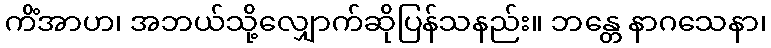
ကိံအာဟ၊ အဘယ်သို့လျှောက်ဆိုပြန်သနည်း။ ဘန္တေ နာဂသေနာ၊